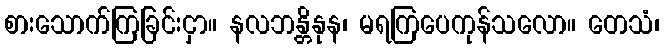
စားသောက်ကြခြင်းငှာ။ နလဘန္တိနုန၊ မရကြပေကုန်သလော။ တေသံ၊